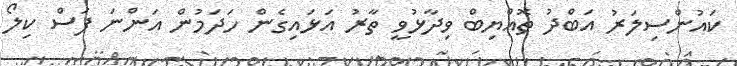
ކައުންސިލަރު އަބްދު ތޮއްޔިބް ވިދާޅުވީ ތާރު އަޅައިގެން ހަދަމުން އަންނަ ފަސް ކިލޯ